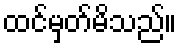
ထင်မှတ်မိသည်။